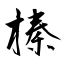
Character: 榛